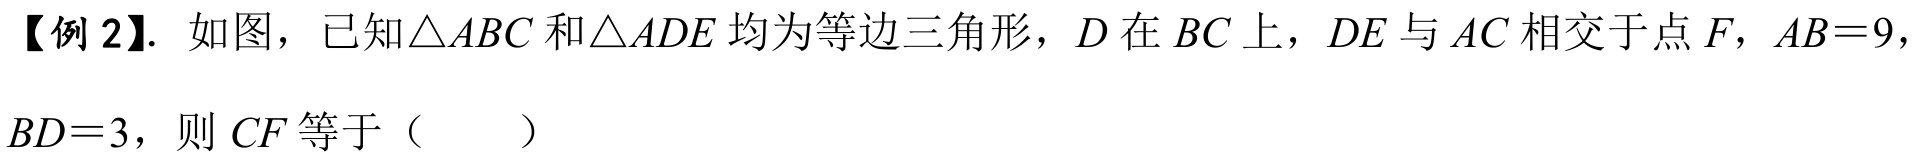
【例 2】. 如图，已知\(\triangle ABC\)和\(\triangle ADE\)均为等边三角形，\(D\)在\(BC\)上，\(DE\)与\(AC\)相交于点\(F\)，\(AB = 9\)，\(BD = 3\)，则\(CF\)等于（  ）